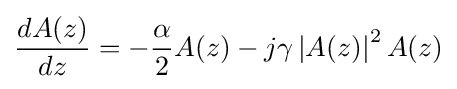
{\frac {dA(z)}{dz}}=-{\frac {\alpha }{2}}A(z)-j\gamma \left|A(z)\right|^{2}A(z)